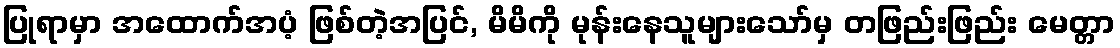
ပြုရာမှာ အထောက်အပံ့ ဖြစ်တဲ့အပြင်, မိမိကို မုန်းနေသူများသော်မှ တဖြည်းဖြည်း မေတ္တာ